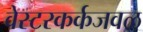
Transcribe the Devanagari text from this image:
वेस्टरकर्कजवळ